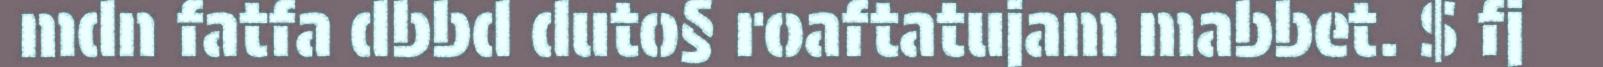
mdn fatfa dbbd duto§ roaftatujam mabbet. $ fj